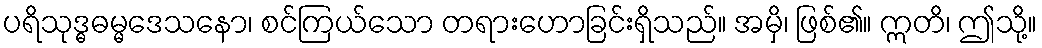
ပရိသုဒ္ဓဓမ္မဒေသနော၊ စင်ကြယ်သော တရားဟောခြင်းရှိသည်။ အမှိ၊ ဖြစ်၏။ ဣတိ၊ ဤသို့။